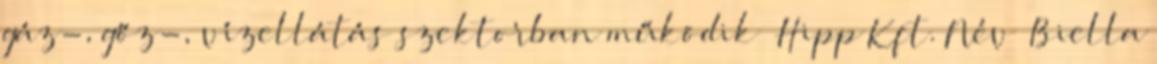
gáz-, gőz-, vízellátás szektorban működik ▪Hipp Kft. Név ▪Biella